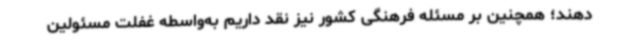
دهند؛ همچنین بر مسئله فرهنگی کشور نیز نقد داریم به‌واسطه غفلت مسئولین